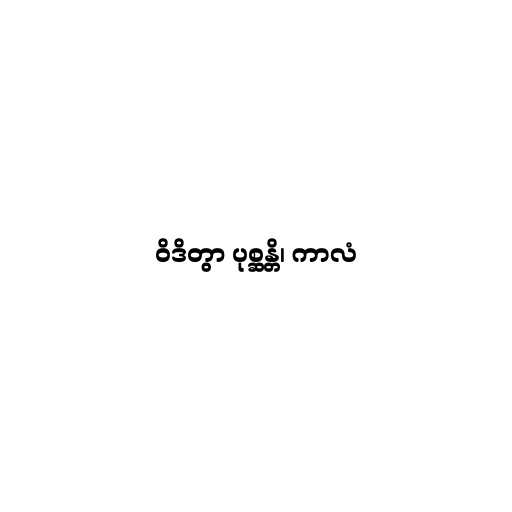
ဝိဒိတွာ ပုစ္ဆန္တိ၊ ကာလံ